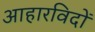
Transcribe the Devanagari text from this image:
आहारविदों